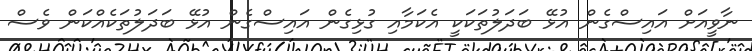
ނާވީއަށް އައިސްގެން އުޅޭ ބަދަލުތަކަކީ އެކަމާއި ގުޅިގެން އައިސްގެން އުޅޭ ބަދަލުތަކެއްކަން ވެސް